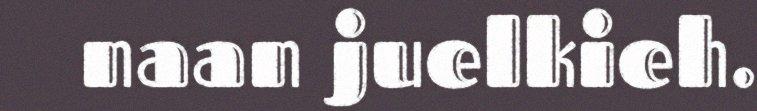
naan juelkieh.